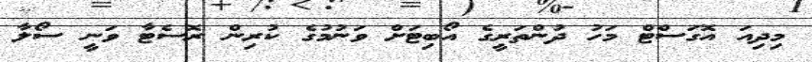
މިދިއަ އޮގަސްޓް މަހު ދުންތަރީގެ އޯބިޓަށް ވަނުމުގެ ކުރިން ރޮސެޓާ ވަނީ ސޯލާ